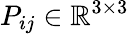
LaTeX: P_{ij}\in\mathbb{R}^{3\times 3}